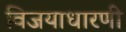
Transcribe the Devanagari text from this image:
विजयाधारणी